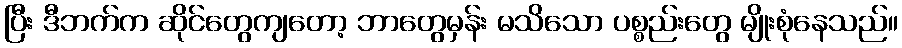
ပြီး ဒီဘက်က ဆိုင်တွေကျတော့ ဘာတွေမှန်း မသိသော ပစ္စည်းတွေ မျိုးစုံနေသည်။